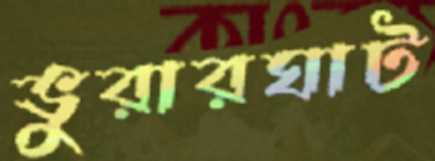
ভুরারঘাট